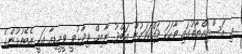
މި ރަސްމިއްޔާތުގައި ވާހަކަ ދައްކަވަމުން އަބްދު ނާޒިމް ވިދާޅުވީ ވީމީޑިއާ އަކީ އެބޭފުޅުންގެ